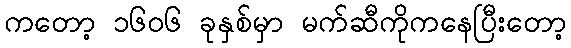
ကတော့ ၁၆၀၆ ခုနှစ်မှာ မက်ဆီကိုကနေပြီးတော့